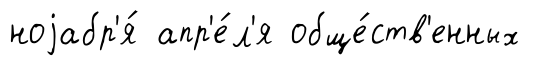
ноjабр'я́ апр'е́л'я обще́ств'енных